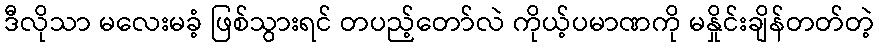
ဒီလိုသာ မလေးမခံ့ ဖြစ်သွားရင် တပည့်တော်လဲ ကိုယ့်ပမာဏကို မနှိုင်းချိန်တတ်တဲ့